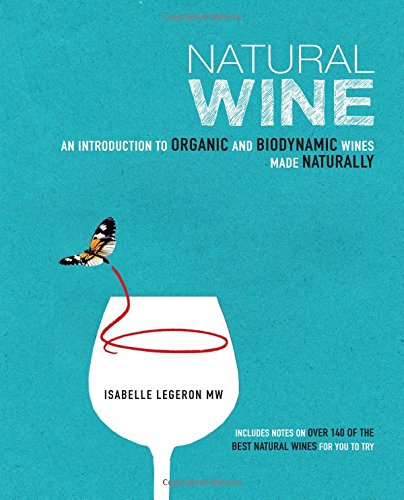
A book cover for Natural Wine; Isabelle Legeron; Cookbooks, Food & Wine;